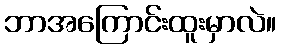
ဘာအကြောင်းထူးမှာလဲ။